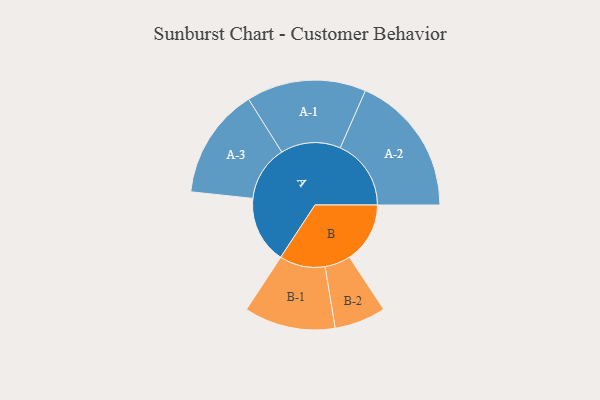
{"axis": {"x": "Segment", "y": "Value"}, "legend": ["", "A", "B"], "data": [{"x": "A", "y": 274, "type": ""}, {"x": "B", "y": 247, "type": ""}, {"x": "A-1", "y": 244, "type": "A"}, {"x": "A-2", "y": 289, "type": "A"}, {"x": "A-3", "y": 226, "type": "A"}, {"x": "B-1", "y": 186, "type": "B"}, {"x": "B-2", "y": 105, "type": "B"}]}